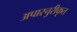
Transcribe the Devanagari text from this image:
अपास्चुरीकृत